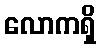
လောကရှိ